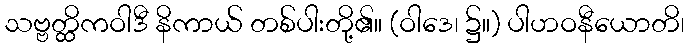
သဗ္ဗတ္ထိကဝါဒီ နိကာယ် တစ်ပါးတို့၏။ (ဝါဒေ၊ ၌။) ပါဟဝနီယောတိ၊